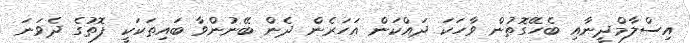
އިސްލާމްދީނާއި ބެހޭގޮތުން ވާހަކަ ދައްކަން އަހަރެން ދެން ބޭނުންވާ ބައިތަކަކީ ފޮތުގެ ދެވަނަ